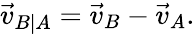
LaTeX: {\vec{v}}_{B\mid A}={\vec{v}}_{B}-{\vec{v}}_{A}.